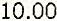
10.00